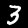
Label: 3